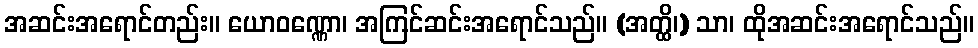
အဆင်းအရောင်တည်း။ ယောဝဏ္ဏော၊ အကြင်ဆင်းအရောင်သည်။ (အတ္ထိ၊) သာ၊ ထိုအဆင်းအရောင်သည်။